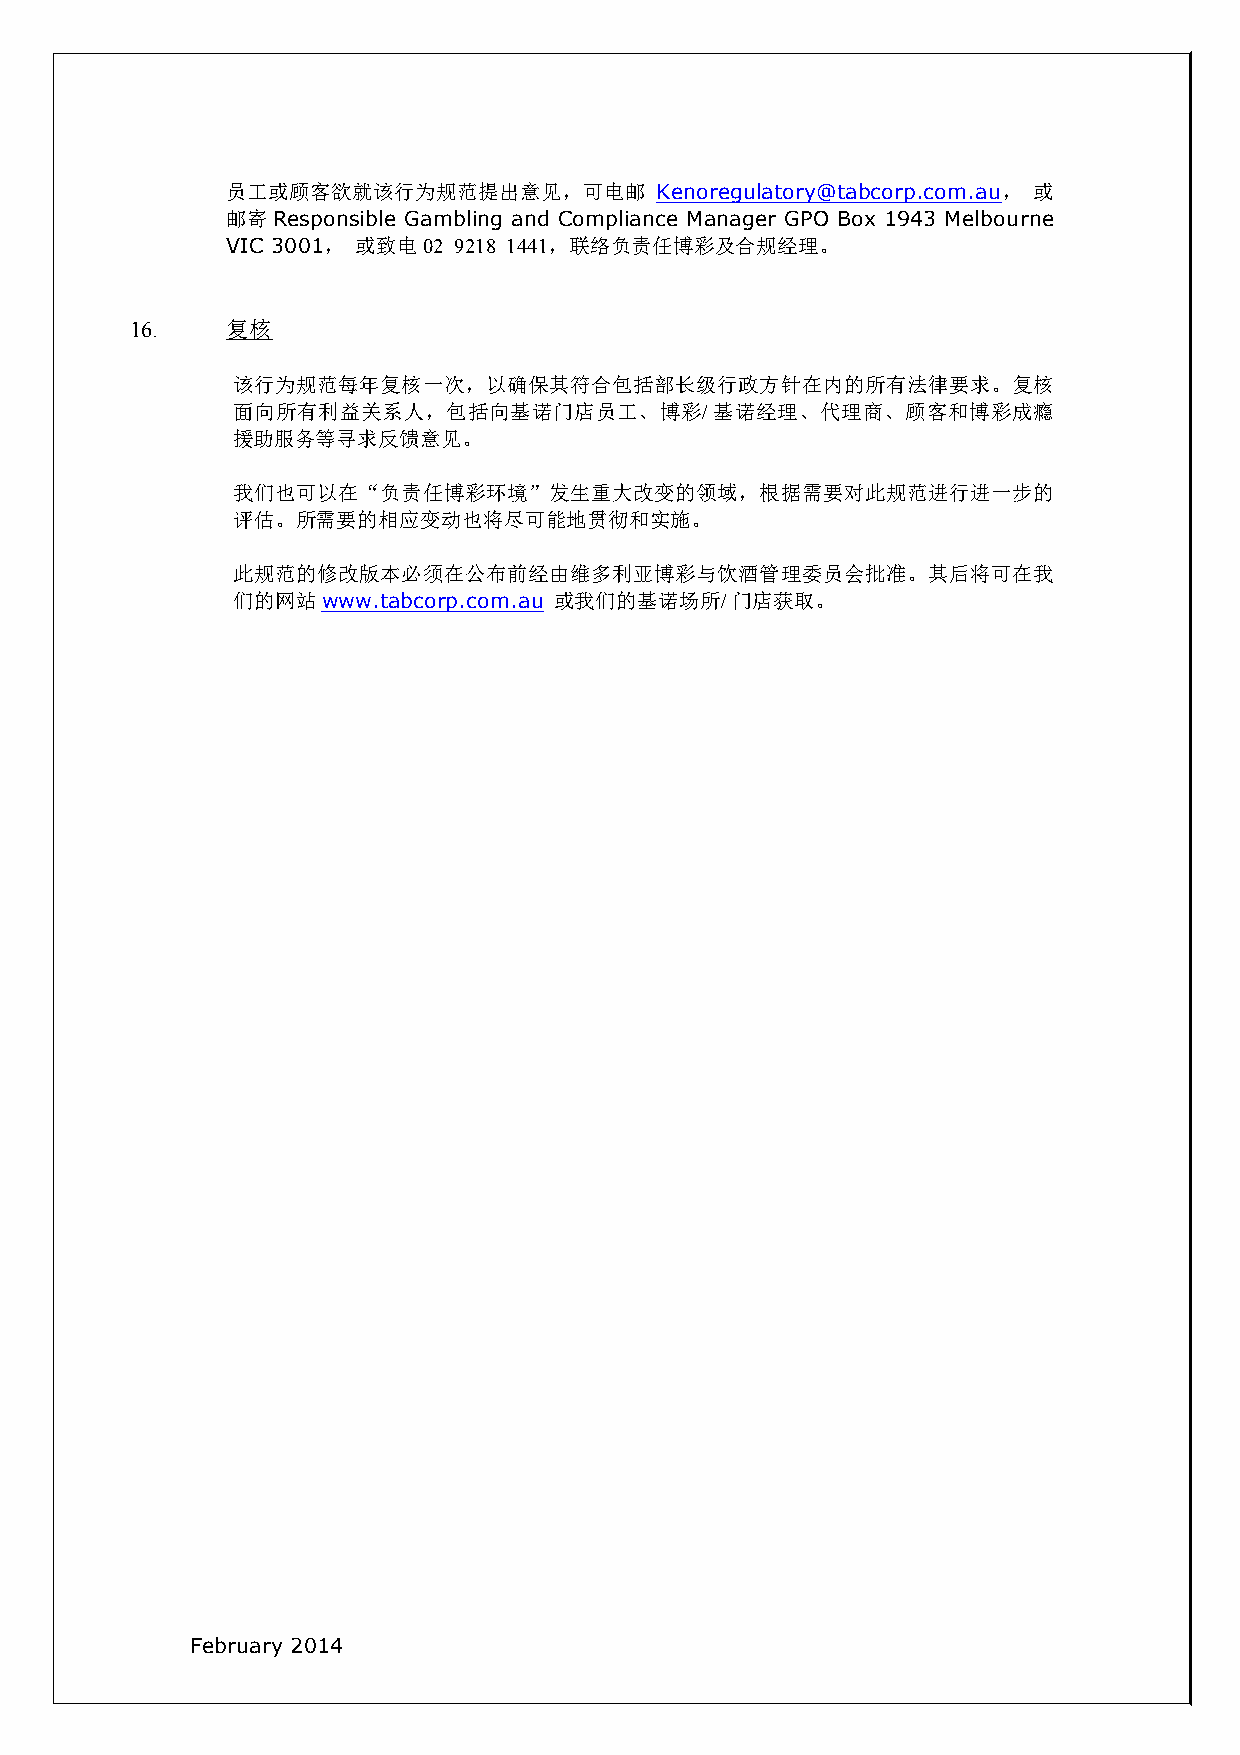
员工或顾客欲就该行为规范提出意见，可电邮        Kenoregulatory@tabcorp.com.au， 或
 邮寄Responsible Gambling and Compliance Manager GPO Box 1943 Melbourne
 VIC 3001， 或致电02 9218 1441，联络负责任博彩及合规经理。
 16.   复核
 该行为规范每年复核一次，以确保其符合包括部长级行政方针在内的所有法律要求。复核
 面向所有利益关系人，包括向基诺门店员工、博彩/基诺经理、代理商、顾客和博彩成瘾
 援助服务等寻求反馈意见。
 我们也可以在“负责任博彩环境”发生重大改变的领域，根据需要对此规范进行进一步的
 评估。所需要的相应变动也将尽可能地贯彻和实施。
 此规范的修改版本必须在公布前经由维多利亚博彩与饮酒管理委员会批准。其后将可在我
 们的网站www.tabcorp.com.au 或我们的基诺场所/门店获取。
 February 2014